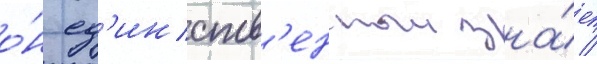
о́н ед'инств'енныи зна́ет /